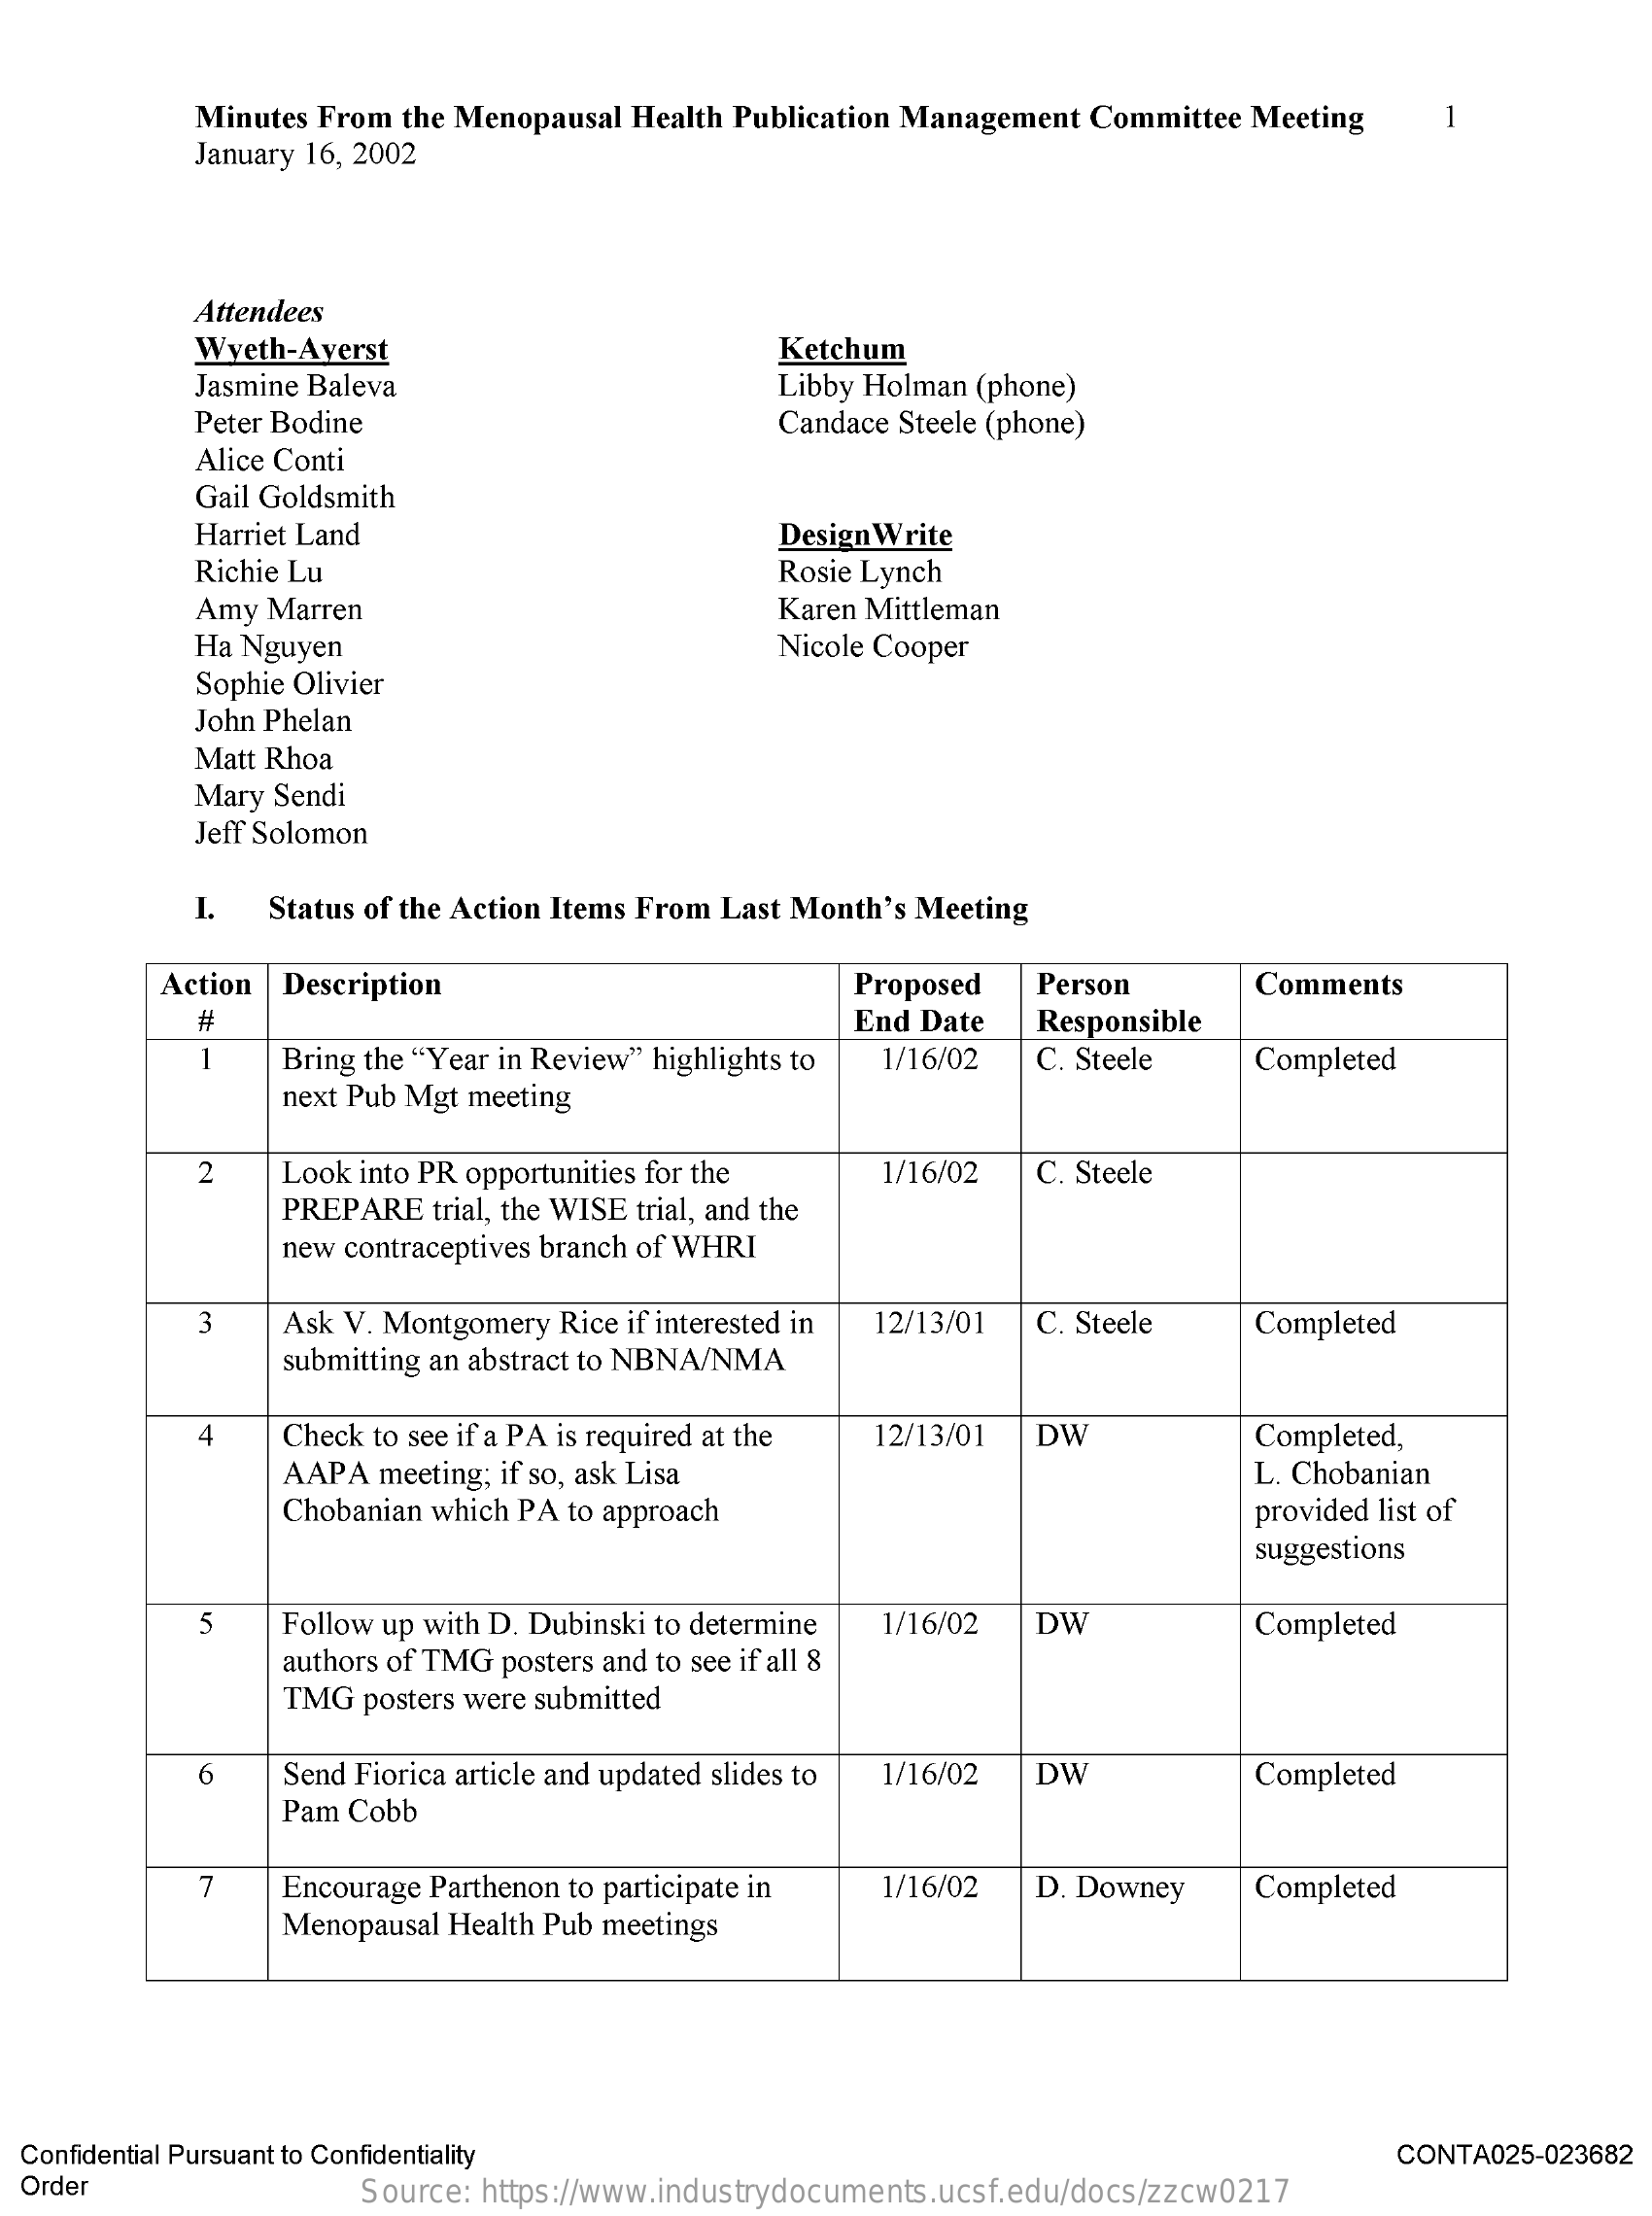
Minutes From the Menopausal Health Publication Management Committee Meeting 1
     January 16, 2002
     Attendees
     Wyeth-Ayerst    Ketchum
     Jasmine Baleva    Libby Holman (phone)
     Peter Bodine    Candace Steele (phone)
     Alice Conti
     Gail Goldsmith
     Harriet Land    Design Write
     Richie Lu    Rosie Lynch
     Amy Marren    Karen Mittleman
     Ha Nguyen    Nicole Cooper
     Sophie Olivier
     John Phelan
     Matt Rhoa
     Mary Sendi
     Jeff Solomon
     I.  Status of the Action Items From Last Month's Meeting
     Action Description    Proposed  Person    Comments
     #    End Date  Responsible
     1    Bring the "Year in Review" highlights to 1/16/02 C. Steele Completed
     next Pub Mgt meeting
     2    Look into PR opportunities for the 1/16/02 C. Steele
     PREPARE trial, the WISE trial, and the
     new contraceptives branch of WHRI
     3    Ask V. Montgomery Rice if interested in 12/13/01 C. Steele Completed
     submitting an abstract to NBNA/NMA
     4    Check to see if a PA is required at the 12/13/01 DW Completed,
     AAPA meeting; if so, ask Lisa    L. Chobanian
     Chobanian which PA to approach    provided list of
     suggestions
     5   Follow up with D. Dubinski to determine 1/16/02 DW
     authors of TMG posters and to see if all 8
     Completed
     TMG posters were submitted
     6    Send Fiorica article and updated slides to 1/16/02 DW
     Pam Cobb
     Completed
     7   Encourage Parthenon to participate in 1/16/02 D. Downey Completed
     Menopausal Health Pub meetings
  Confidential Pursuant to Confidentiality    CONTA025-023682
  Order    Source: https://www.industrydocuments.ucsf.edu/docs/zzcw0217